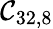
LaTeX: \mathcal{C}_{32,8}